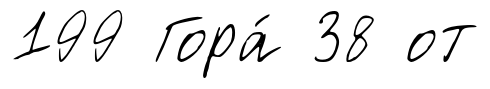
199 Гора́ 38 от